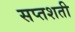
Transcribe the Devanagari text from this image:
सप्‍तशती